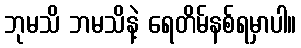
ဘုမသိ ဘမသိနဲ့ ရေတိမ်နစ်ရမှာပါ။